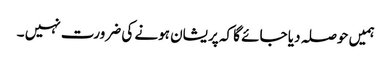
ہمیں حوصلہ دیا جائے گا کہ پریشان ہونے کی ضرورت نہیں ۔